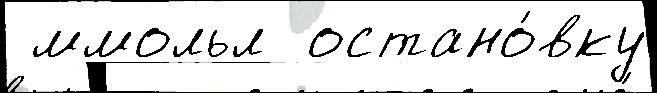
 ммольл  остано́вку